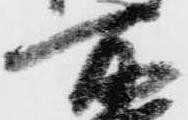
所